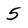
Character: 5